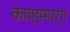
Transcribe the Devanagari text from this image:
काव्यमार्ग